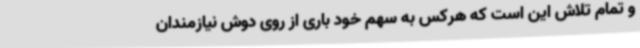
و تمام تلاش این است که هرکس به سهم خود باری از روی دوش نیازمندان